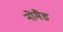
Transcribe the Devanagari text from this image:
नोमैड